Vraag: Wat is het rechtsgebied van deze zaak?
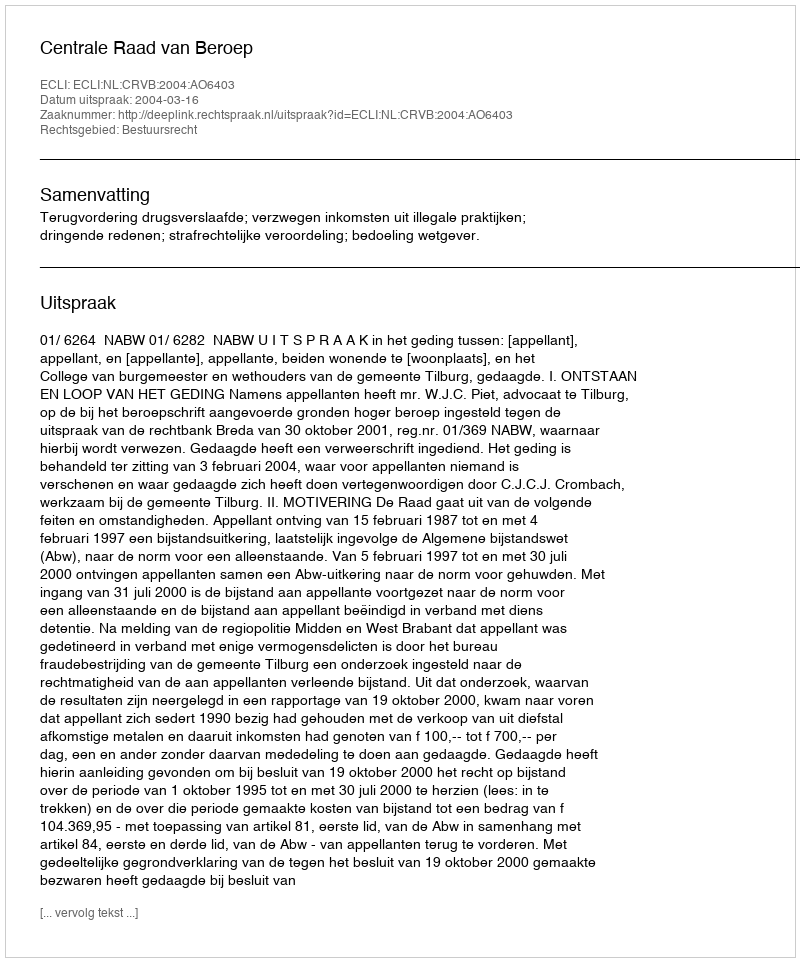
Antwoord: Bestuursrecht